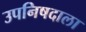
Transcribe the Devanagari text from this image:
उपनिषदाला